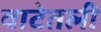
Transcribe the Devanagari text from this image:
वाटेतली